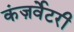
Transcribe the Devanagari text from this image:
कंज़र्वेटरी